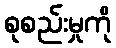
စုစည်းမှုကို